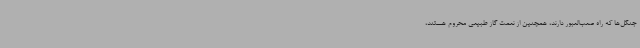
جنگل‌ها که راه صعب‌العبور دارند، همچنین از نعمت گاز طبیعی محروم هستند،